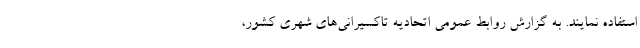
استفاده نمایند. به گزارش روابط عمومی اتحادیه تاکسیرانی‌های شهری کشور،